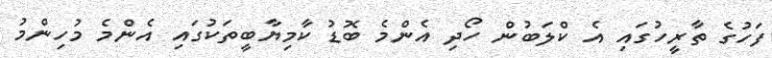
ފަހުގެ ތާރީހުގައި އެ ކްލަބުން ހޯދި އެންމެ ބޮޑު ކާމިޔާބީތަކުގައި އެންމެ މުހިންމު